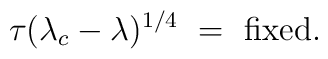
\tau(\lambda_c - \lambda)^{1/4} \ =\ {\rm fixed}.